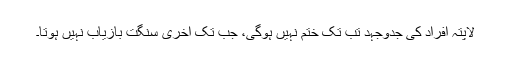
لاپتہ افراد کی جدوجہد تب تک ختم نہیں ہوگی، جب تک اخری سنگت بازیاب نہیں ہوتا۔